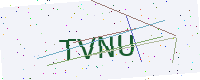
Text: TVNU